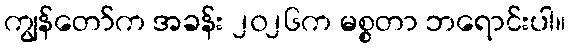
ကျွန်တော်က အခန်း ၂၀၂၆က မစ္စတာ ဘရောင်းပါ။